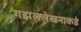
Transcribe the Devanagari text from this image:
गझललेखनाकडे